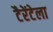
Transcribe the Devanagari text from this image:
टैरेंटेला